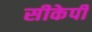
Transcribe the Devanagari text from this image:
सीकेपी